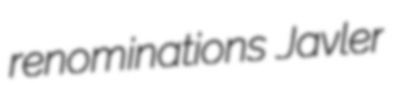
renominations Javler